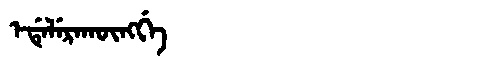
Manchu: ᡝᡩᡝᠯᡝᡵᠠᡴᡡᠩᡤᡝ
Romanization: EDELERAKŪNGGE